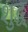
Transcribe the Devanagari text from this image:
शुद्ध्